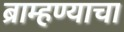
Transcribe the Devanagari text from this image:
ब्राम्हण्याचा